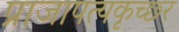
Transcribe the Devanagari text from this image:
प्राजापत्यकृच्छ्र